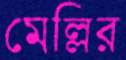
মেল্লির